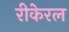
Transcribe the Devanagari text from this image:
रीकेरल